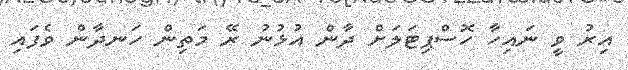
އިރު ވީ ނައިހާ ހޮސްޕިޓަލަށް ދާން އުޅުނު ރޭ މަތިން ހަނދާން ވެފައި